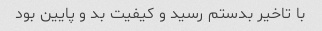
با تاخیر بدستم رسید و کیفیت بد و پایین بود